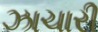
ઝાચારી